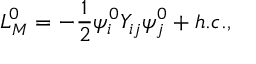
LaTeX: { \cal L } _ { M } ^ { 0 } = - \frac { 1 } { 2 } \psi _ { i } ^ { 0 } Y _ { i j } \psi _ { j } ^ { 0 } + h . c . ,